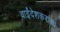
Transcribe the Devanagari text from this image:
वाईंदेशकरांचा